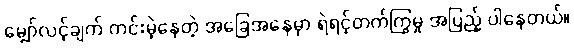
မျှော်လင့်ချက် ကင်းမဲ့နေတဲ့ အခြေအနေမှာ ရဲရင့်တက်ကြွမှု အပြည့် ပါနေတယ်။